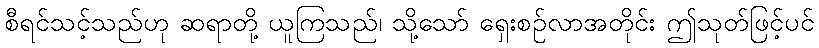
စီရင်သင့်သည်ဟု ဆရာတို့ ယူကြသည်၊ သို့သော် ရှေးစဉ်လာအတိုင်း ဤသုတ်ဖြင့်ပင်